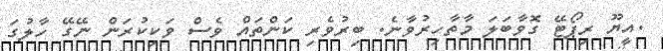
.އީޔޫ ރިޕޯޓޭ ގޮވާބަލަ މާތާހިރުވާނެ. ބިރުވެރި ކަންތައް ވެސް ވަކިކުރަން ނޭގޭ ހާލުގަ